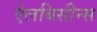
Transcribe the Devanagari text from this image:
ऐलबिसीन्स